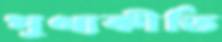
পুণ্যকীর্তি